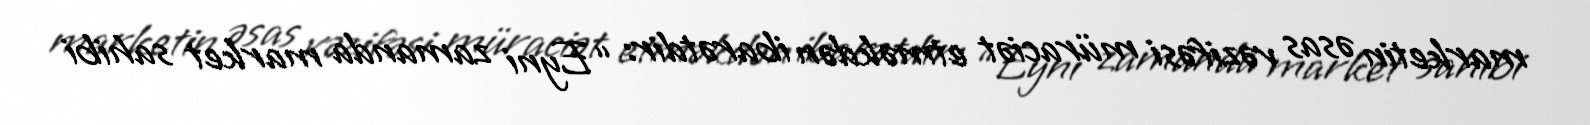
marketin əsas vəzifəsi müraciət etməkdən ibarətdir: “Eyni zamanda market sahibi